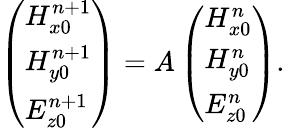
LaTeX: \left(\begin{array}{l}{H_{x0}^{n+1}}\\ {H_{y0}^{n+1}}\\ {E_{z0}^{n+1}}\end{array}\right)=A\left(\begin{array}{l}{H_{x0}^{n}}\\ {H_{y0}^{n}}\\ {E_{z0}^{n}}\end{array}\right).